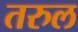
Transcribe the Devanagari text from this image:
तरुल